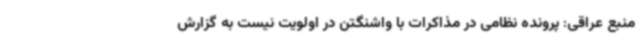
منبع عراقی: پرونده نظامی در مذاکرات با واشنگتن در اولویت نیست به گزارش